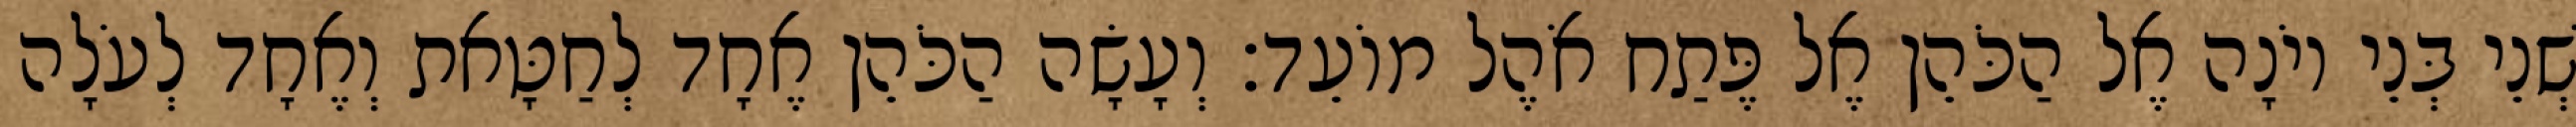
שְׁנֵי בְּנֵי יוֹנָה אֶל הַכֹּהֵן אֶל פֶּתַח אֹהֶל מוֹעֵד׃ וְעָשָׂה הַכֹּהֵן אֶחָד לְחַטָּאת וְאֶחָד לְעֹלָה